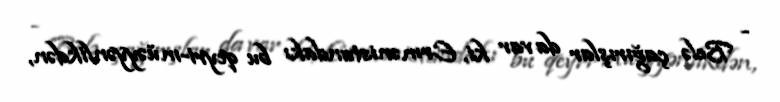
- Belə çağırışlar da var ki, Ermənistandakı bu qeyri-müəyyənlikdən,